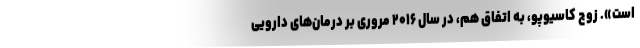
است». زوج کاسیوپو، به اتفاق هم، در سال ۲۰۱۶ مروری بر درمان‌های دارویی